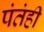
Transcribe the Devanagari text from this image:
पंतंही